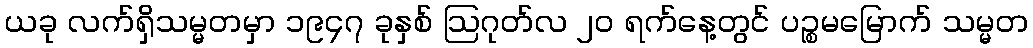
ယခု လက်ရှိသမ္မတမှာ ၁၉၄၇ ခုနှစ် ဩဂုတ်လ ၂၀ ရက်နေ့တွင် ပဉ္စမမြောက် သမ္မတ